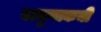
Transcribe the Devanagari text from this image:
बामुणाकयी